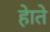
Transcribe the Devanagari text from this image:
हेाते